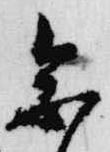
参